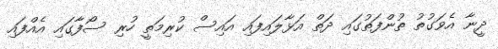
ދީނާ އެވަގުތު ތުންފަތުގައި ދަތް އަޅާލައިފައި އައިސް ކުރިމަތީ ހުރި ސޯފާގައި އެއްފައި